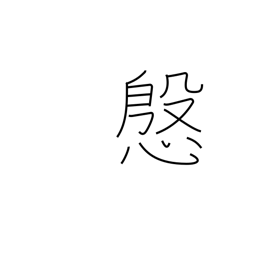
Meaning: courtesy